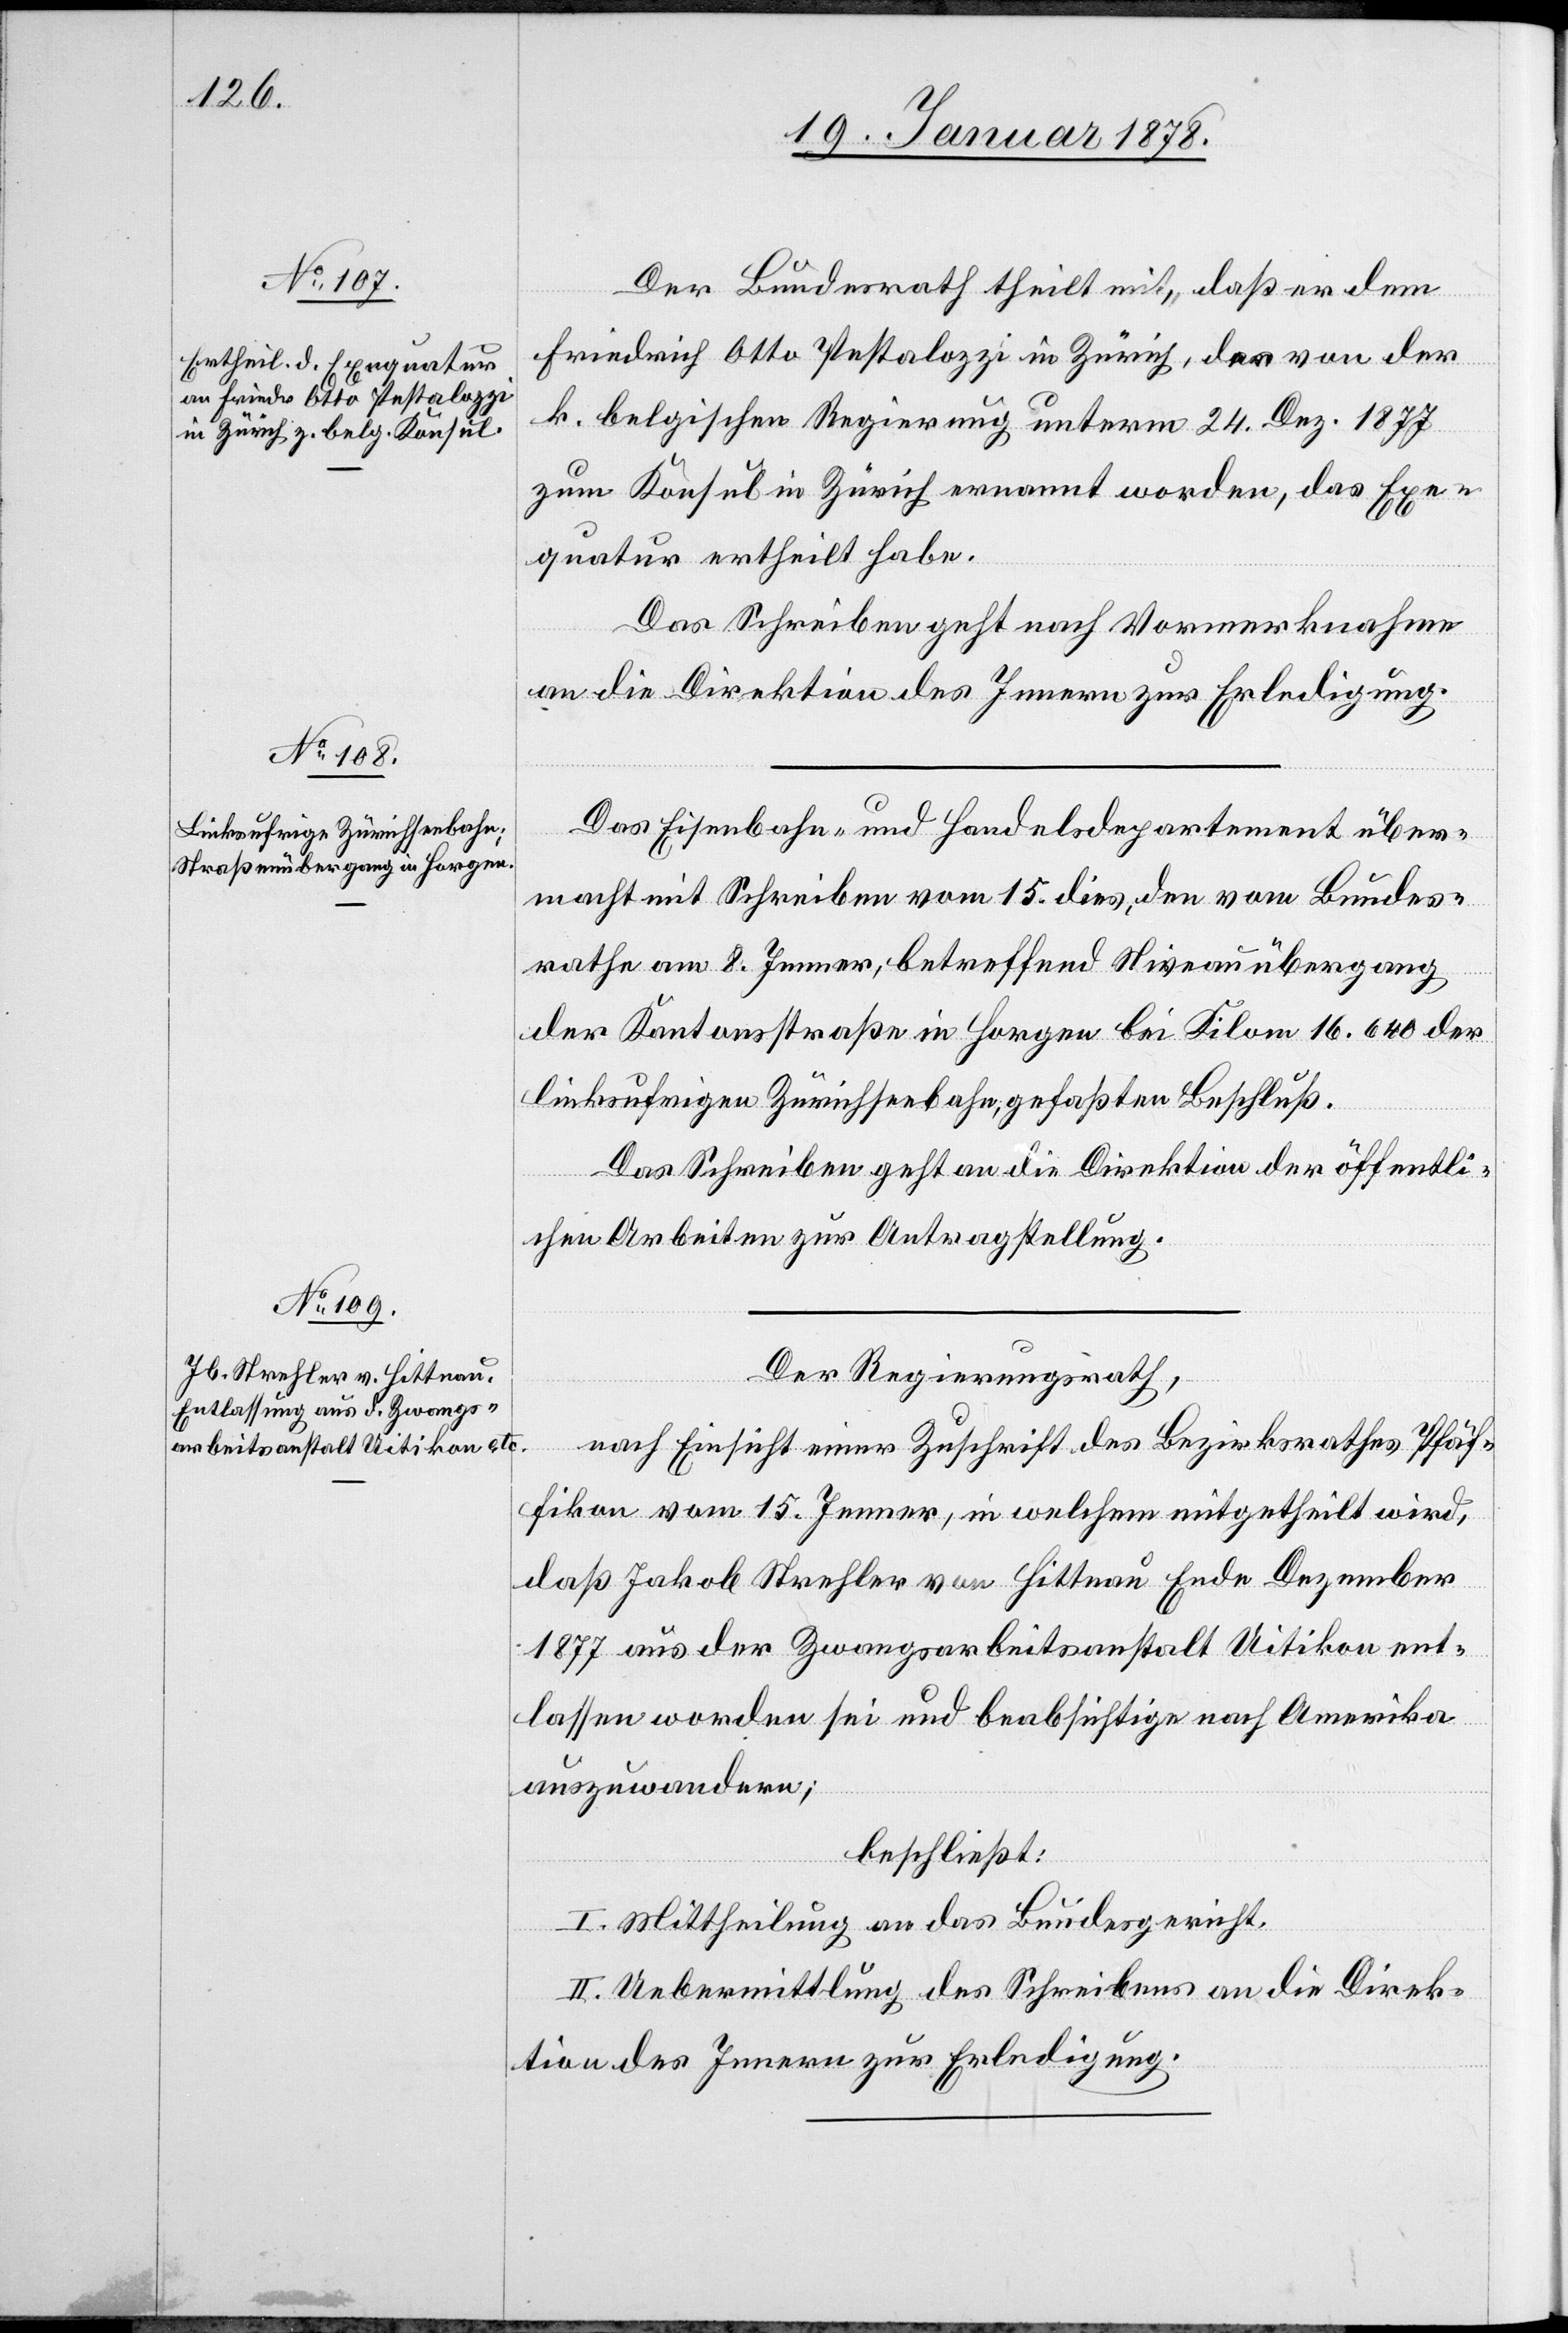
Der Bundesrath theilt mit, daß er dem
Friedrich Otto Pestalozzi in Zürich, der von der
k. belgischen Regierung unterm 24. Dez. 1877
zum Konsul in Zürich ernannt worden, das Exe¬
quatur ertheilt habe.
Das Schreiben geht nach Vormerknahme
an die Direktion des Innern zur Erledigung.
Das Eisenbahn- und Handelsdepartement über¬
macht mit Schreiben vom 15. dies, den vom Bundes¬
rathe am 8. Jenner, betreffend Niveauübergang
der Kantonsstraße in Horgen bei Kilom. 16.640 der
linksufrigen Zürichseebahn, gefaßten Beschluß.
Das Schreiben geht an die Direktion der öffentli¬
chen Arbeiten zur Antragstellung.
Der Regierungsrath,
nach Einsicht einer Zuschrift des Bezirksrathes Pfäf¬
fikon vom 15. Jenner, in welchem mitgetheilt wird,
daß Jakob Strehler von Hittnau Ende Dezember
1877 aus der Zwangsarbeitsanstalt Uitikon ent¬
lassen worden sei und beabsichtige nach Amerika
auszuwandern;
beschließt:
I. Mittheilung an das Bundesgericht.
II. Uebermittlung des Schreibens an die Direk¬
tion des Innern zur Erledigung.